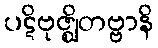
ပဋိဗုဇ္ဈိတဗ္ဗာနိ